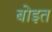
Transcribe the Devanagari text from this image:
बोइत